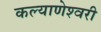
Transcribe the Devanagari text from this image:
कल्‍याणेश्‍वरी